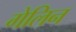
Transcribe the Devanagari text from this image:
गेलिन